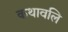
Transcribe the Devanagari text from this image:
कथावलि